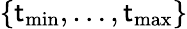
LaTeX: \{ \mathsf{t}_{\operatorname*{min}},\dots,\mathsf{t}_{\operatorname*{max}}\}